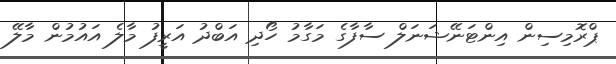
ޕްރޮމިސިން އިންޓަނޭޝަނަލް ސާފާގެ މަގާމު ހޯދި އަބްދު އަރީފު މާލެ އައުމުން މާލޭ